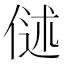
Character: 𬾬